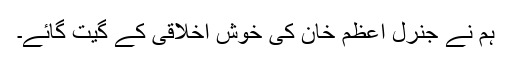
ہم نے جنرل اعظم خان کی خوش اخلاقی کے گیت گائے۔